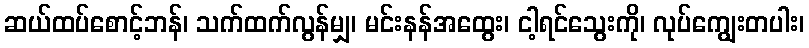
ဆယ်ထပ်စောင့်ဘန်၊ သက်ထက်လွန်မျှ၊ မင်းနန်အထွေး၊ ငါ့ရင်သွေးကို၊ လုပ်ကျွေးတပါး၊